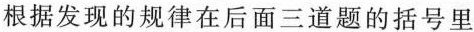
根据发现的规律在后面三道题的括号里